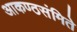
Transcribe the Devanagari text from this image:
आकण्ठसंमिते